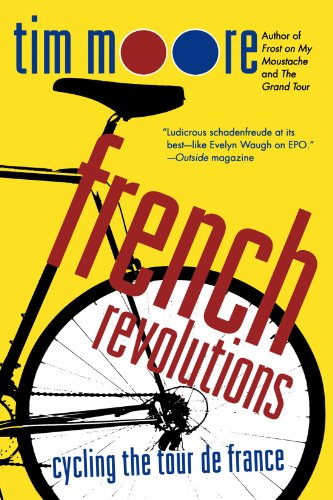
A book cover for French Revolutions: Cycling the Tour de France; Tim Moore; Travel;